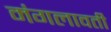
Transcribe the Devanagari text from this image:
मंगलावती